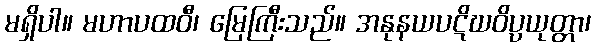
မရှိပါ။ မဟာပထဝီ၊ မြေကြီးသည်။ အနုနယပဋိဃဝိပ္ပယုတ္တာ၊